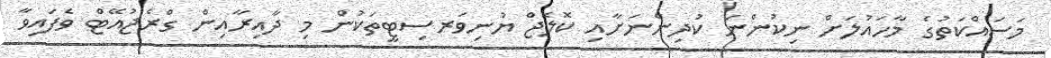
މަސައްކަތުގެ މާހައުލަށް ނިކުންނަ ކުދިންނަށާއި ކޮލެޖް ޔުނިވަރސިޓީތަކުން މި ދާއިރާއިން ގްރެޖުއޭޓް ވެފައިވާ